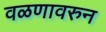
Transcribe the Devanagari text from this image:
वळणावरुन